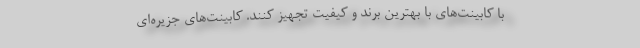
با کابینت‌های با بهترین برند و کیفیت تجهیز کنند. کابینت‌های جزیره‌ای